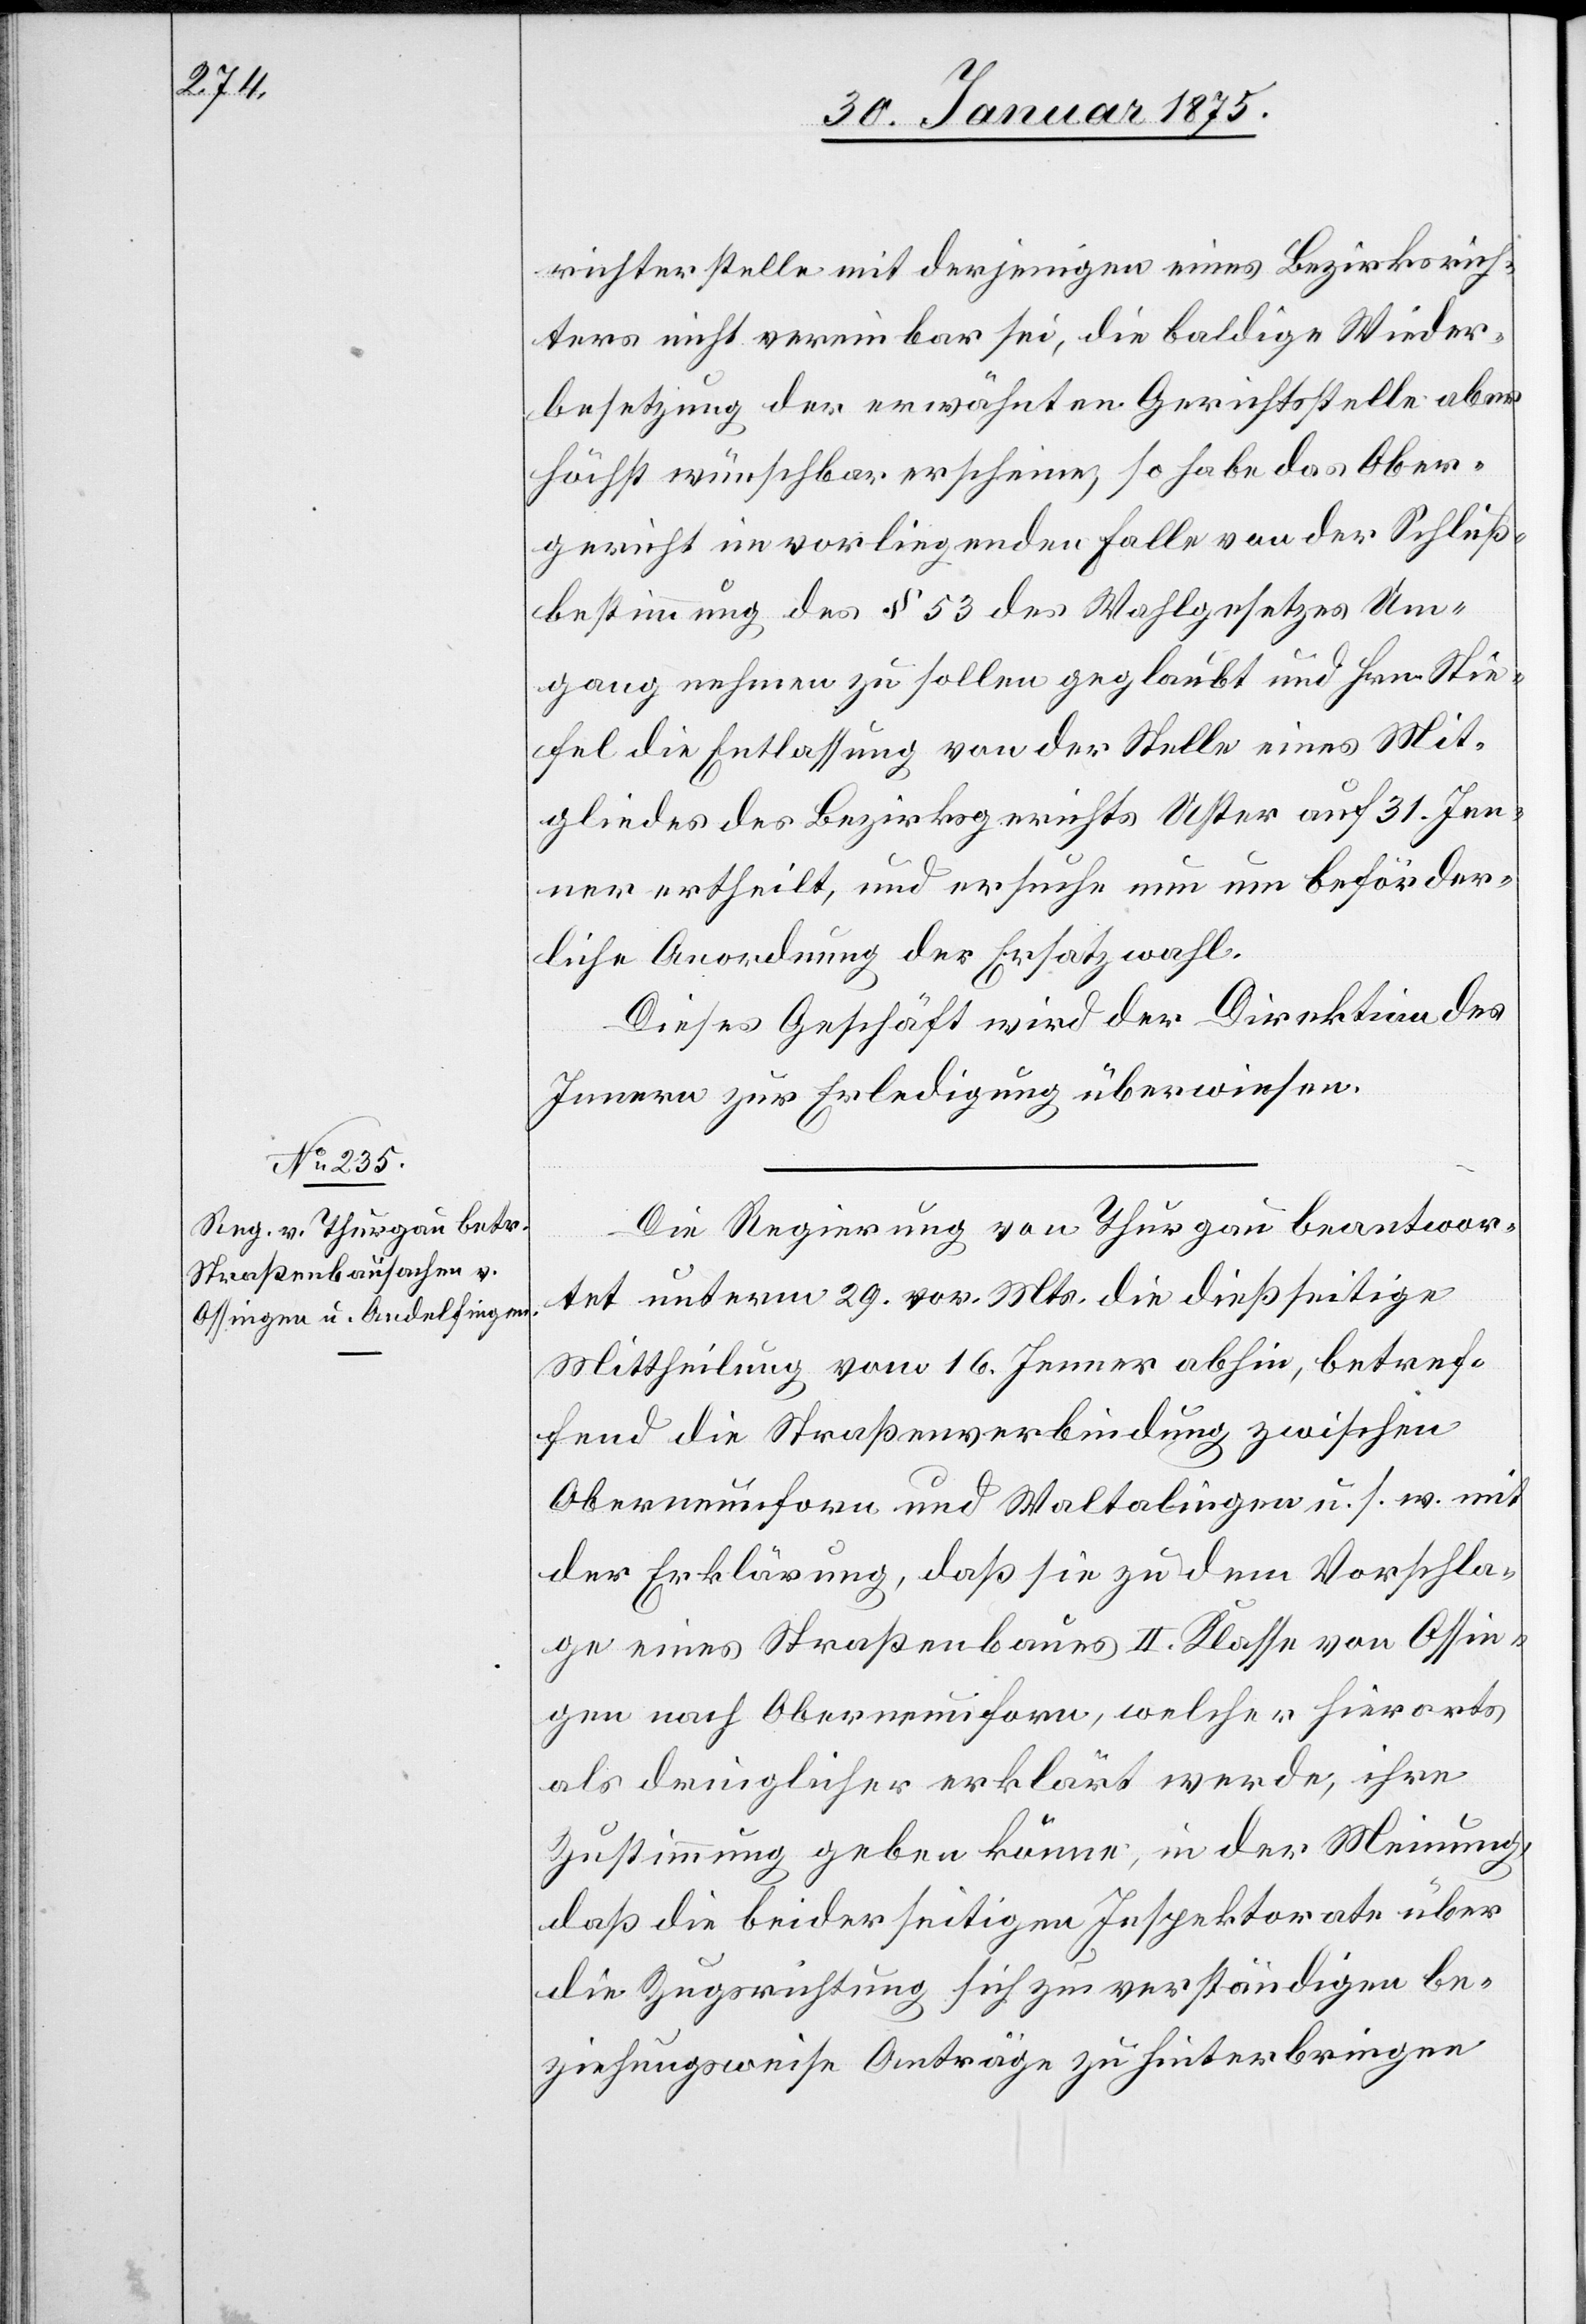
richterstelle mit derjenigen eines Bezirksrich¬
ters nicht vereinbar sei, die baldige Wieder¬
besetzung der erwähnten Gerichtsstelle aber
höchst wünschbar erscheine, so habe das Ober¬
gericht im vorliegenden Falle von der Schluß¬
bestimmung des § 53 des Wahlgesetzes Um¬
gang nehmen zu sollen geglaubt und Hrn. Stie¬
fel die Entlassung von der Stelle eines Mit¬
gliedes des Bezirksgerichtes Uster auf 31. Jen¬
ner ertheilt, und ersuche nun um beförder¬
liche Anordnung der Ersatzwahl.
Dieses Geschäft wird der Direktion des
Innern zur Erledigung überwiesen.
Die Regierung von Thurgau beantwor¬
tet unterm 29. vor. Mts. die dießseitige
Mittheilung vom 16. Jenner abhin, betref¬
fend die Straßenverbindung zwischen
Oberneunforn und Waltalingen u. s. w. mit
der Erklärung, daß sie zu dem Vorschla¬
ge eines Straßenbaues II. Klasse von Ossin¬
gen nach Oberneunforn, welcher hierorts
als dringlicher erklärt werde, ihre
Zustimmung geben könne, in der Meinung,
daß die beiderseitigen Inspektorate über
die Zugsrichtung sich zu verständigen be¬
ziehungsweise Anträge zu hinterbringen